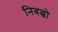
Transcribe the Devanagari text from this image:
निबद्धो